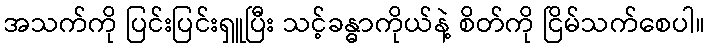
အသက်ကို ပြင်းပြင်းရှူပြီး သင့်ခန္ဓာကိုယ်နဲ့ စိတ်ကို ငြိမ်သက်စေပါ။